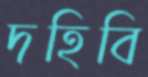
দহিবি